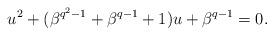
LaTeX: \begin{align*}u^2+(\beta ^{q^2-1}+\beta ^{q-1}+1)u+\beta ^{q-1}=0.\end{align*}